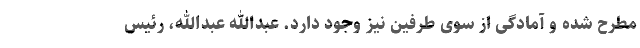
مطرح شده و آمادگی از سوی طرفین نیز وجود دارد. عبدالله عبدالله، رئیس